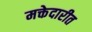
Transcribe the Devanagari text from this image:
मक्तेदारीत